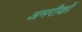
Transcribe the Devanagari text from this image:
अमरीकों